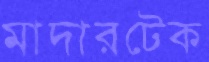
মাদারটেক